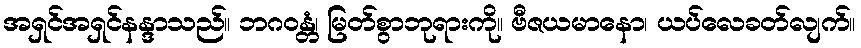
အရှင်အရှင်နန္ဒာသည်။ ဘဂဝန္တံ၊ မြတ်စွာဘုရားကို။ ဗီဇယမာနော၊ ယပ်လေခတ်လျက်။